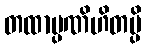
တထာပ္ပဏိဟိတမ္ပိ